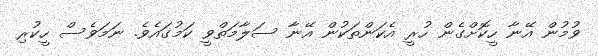
ވުމުން އޭނާ ހީކޮށްގެން ހުރީ އެކަންތަކުން އޭނާ ސަލާމަތްވީ ކަމުގައެވެ. ނަމަވެސް ހީކުރި